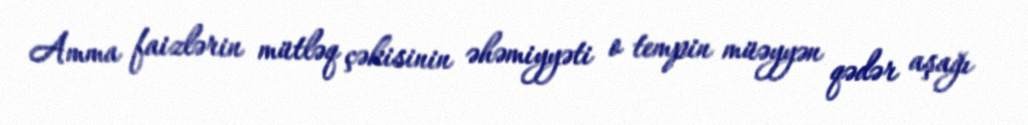
Amma faizlərin mütləq çəkisinin əhəmiyyəti o tempin müəyyən qədər aşağı